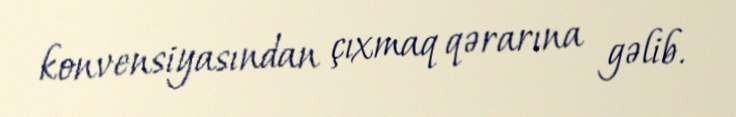
konvensiyasından çıxmaq qərarına gəlib.